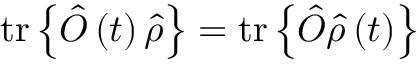
\mathrm { t r } \left\{ \hat { O } \left( t \right) \hat { \rho } \right\} = \mathrm { t r } \left\{ \hat { O } \hat { \rho } \left( t \right) \right\}